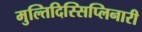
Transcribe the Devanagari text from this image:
मुल्तिदिस्सिप्लिनारी